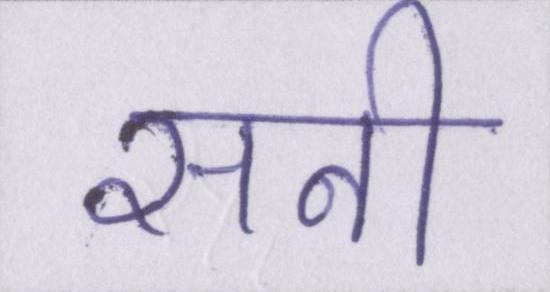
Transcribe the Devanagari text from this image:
सनी